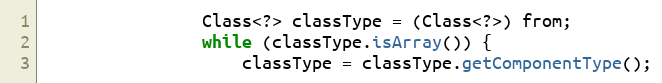
Language: Java
				Class<?> classType = (Class<?>) from;
				while (classType.isArray()) {
					classType = classType.getComponentType();